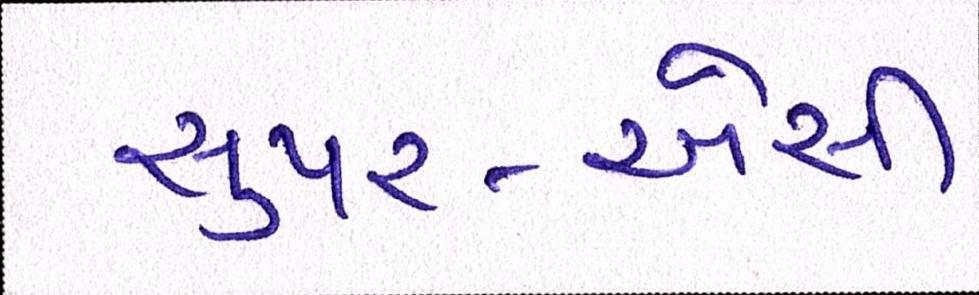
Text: સુપર-એસી